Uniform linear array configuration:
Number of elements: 12
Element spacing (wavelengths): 0.5
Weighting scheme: uniform
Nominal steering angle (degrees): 30
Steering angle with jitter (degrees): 31.489
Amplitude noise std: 0.05
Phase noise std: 0.05

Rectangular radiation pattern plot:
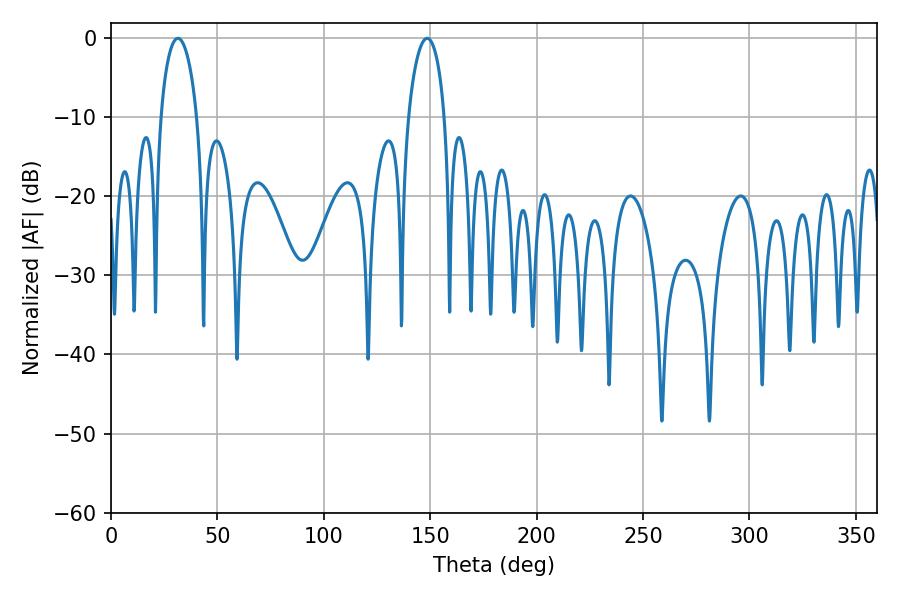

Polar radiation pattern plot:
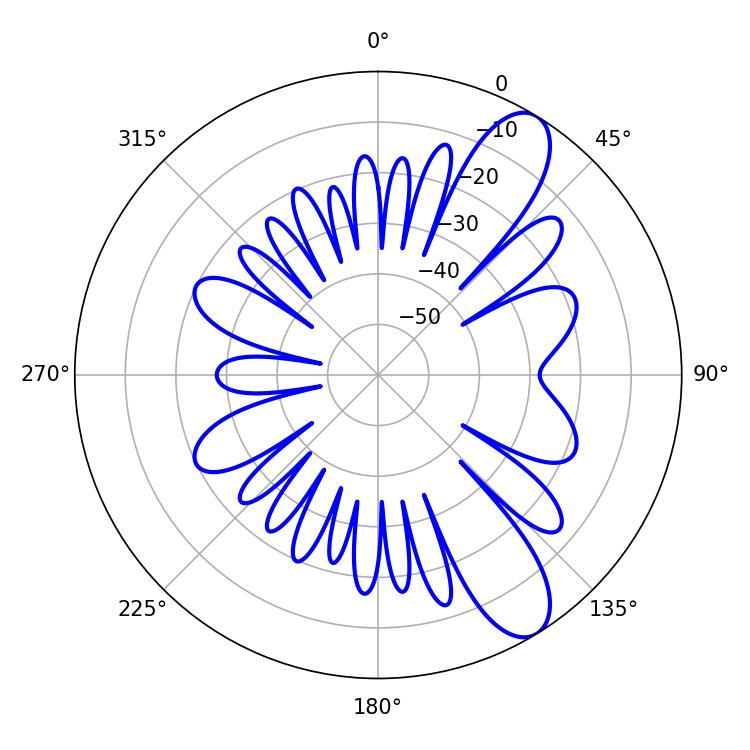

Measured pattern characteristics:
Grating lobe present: FALSE
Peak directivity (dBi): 10.012
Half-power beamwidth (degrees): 9.9
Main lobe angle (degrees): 31.5